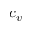
c _ { v }